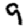
Digit: 9